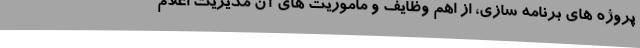
پروژه های برنامه سازی، از اهم وظایف و ماموریت های آن مدیریت اعلام